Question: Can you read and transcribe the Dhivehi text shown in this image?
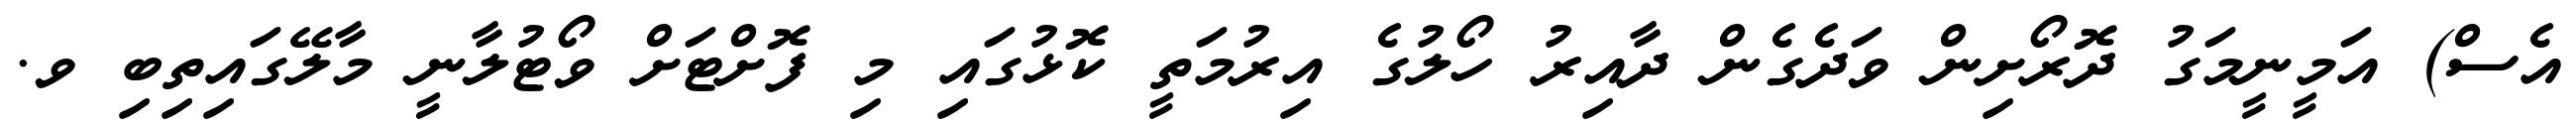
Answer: އެސް) އަމީނީމަގު ދޮރޯށިން ވަދެގެން ދާއިރު ހޯލުގެ އިރުމަތީ ކޮޅުގައި މި ފޮށްޓަށް ވޯޓުލާނީ މާލޭގައިތިބި ވ.